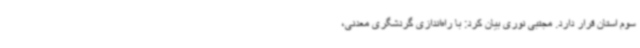
سوم استان قرار دارد. مجتبی نوری بیان کرد: با راه‌اندازی گردشگری معدنی،